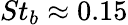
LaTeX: St_{b}\approx 0.15